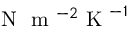
\mathrm { ~ N ~ } \mathrm { ~ m ~ } ^ { - 2 } \mathrm { ~ K ~ } ^ { - 1 }